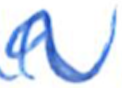
Text: a
Cross-out: wave
Writing tool: ballpoint